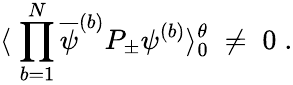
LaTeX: \langle\; \prod_{b=1}^{N}\overline{{{\psi}}}^{(b)}P_{\pm}\psi^{(b)}\rangle_{0}^{\theta}\; \neq\; 0\; .